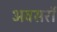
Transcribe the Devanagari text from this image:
अवसरॉ